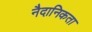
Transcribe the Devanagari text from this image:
नैदानिकता